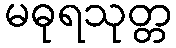
မဓုရသုတ္တ